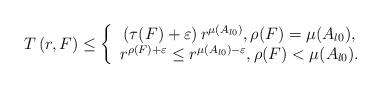
LaTeX: \begin{align*}T\left( r,F\right) \leq \left\{\begin{array}{c}\left( \tau (F)+\varepsilon \right) r^{\mu (A_{l0})},\rho (F)=\mu(A_{l0}), \\r^{\rho (F)+\varepsilon }\leq r^{\mu (A_{l0})-\varepsilon },\rho(F)<\mu (A_{l0}).\end{array}\right. \end{align*}